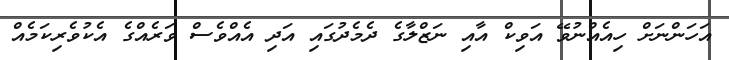
އަހަންނަށް ހިއެއްނުވޭ އަވިކް އާއި ނަޒްލާގެ ދެމެދުގައި އަދި އެއްވެސް ވަރެއްގެ އެކުވެރިކަމެއް